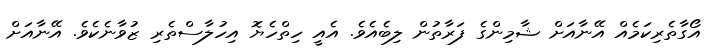
އޯގާތެރިކަމެއް އޭނާއަށް ޝާމިންގެ ފަރާތުން ލިބެއެވެ. އެއީ ހިތްހެޔޮ އިހުލާސްތެރި ޒުވާނެކެވެ. އޭނާއަށް